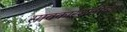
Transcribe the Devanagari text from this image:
सावकारशाहीच्या